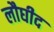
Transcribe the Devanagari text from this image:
लौघीद